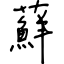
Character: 蘚